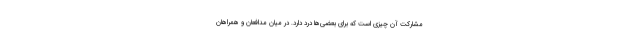
مشارکت آن چیزی است که برای بعضی‌ها درد دارد. در میان مدافعان و همراهان